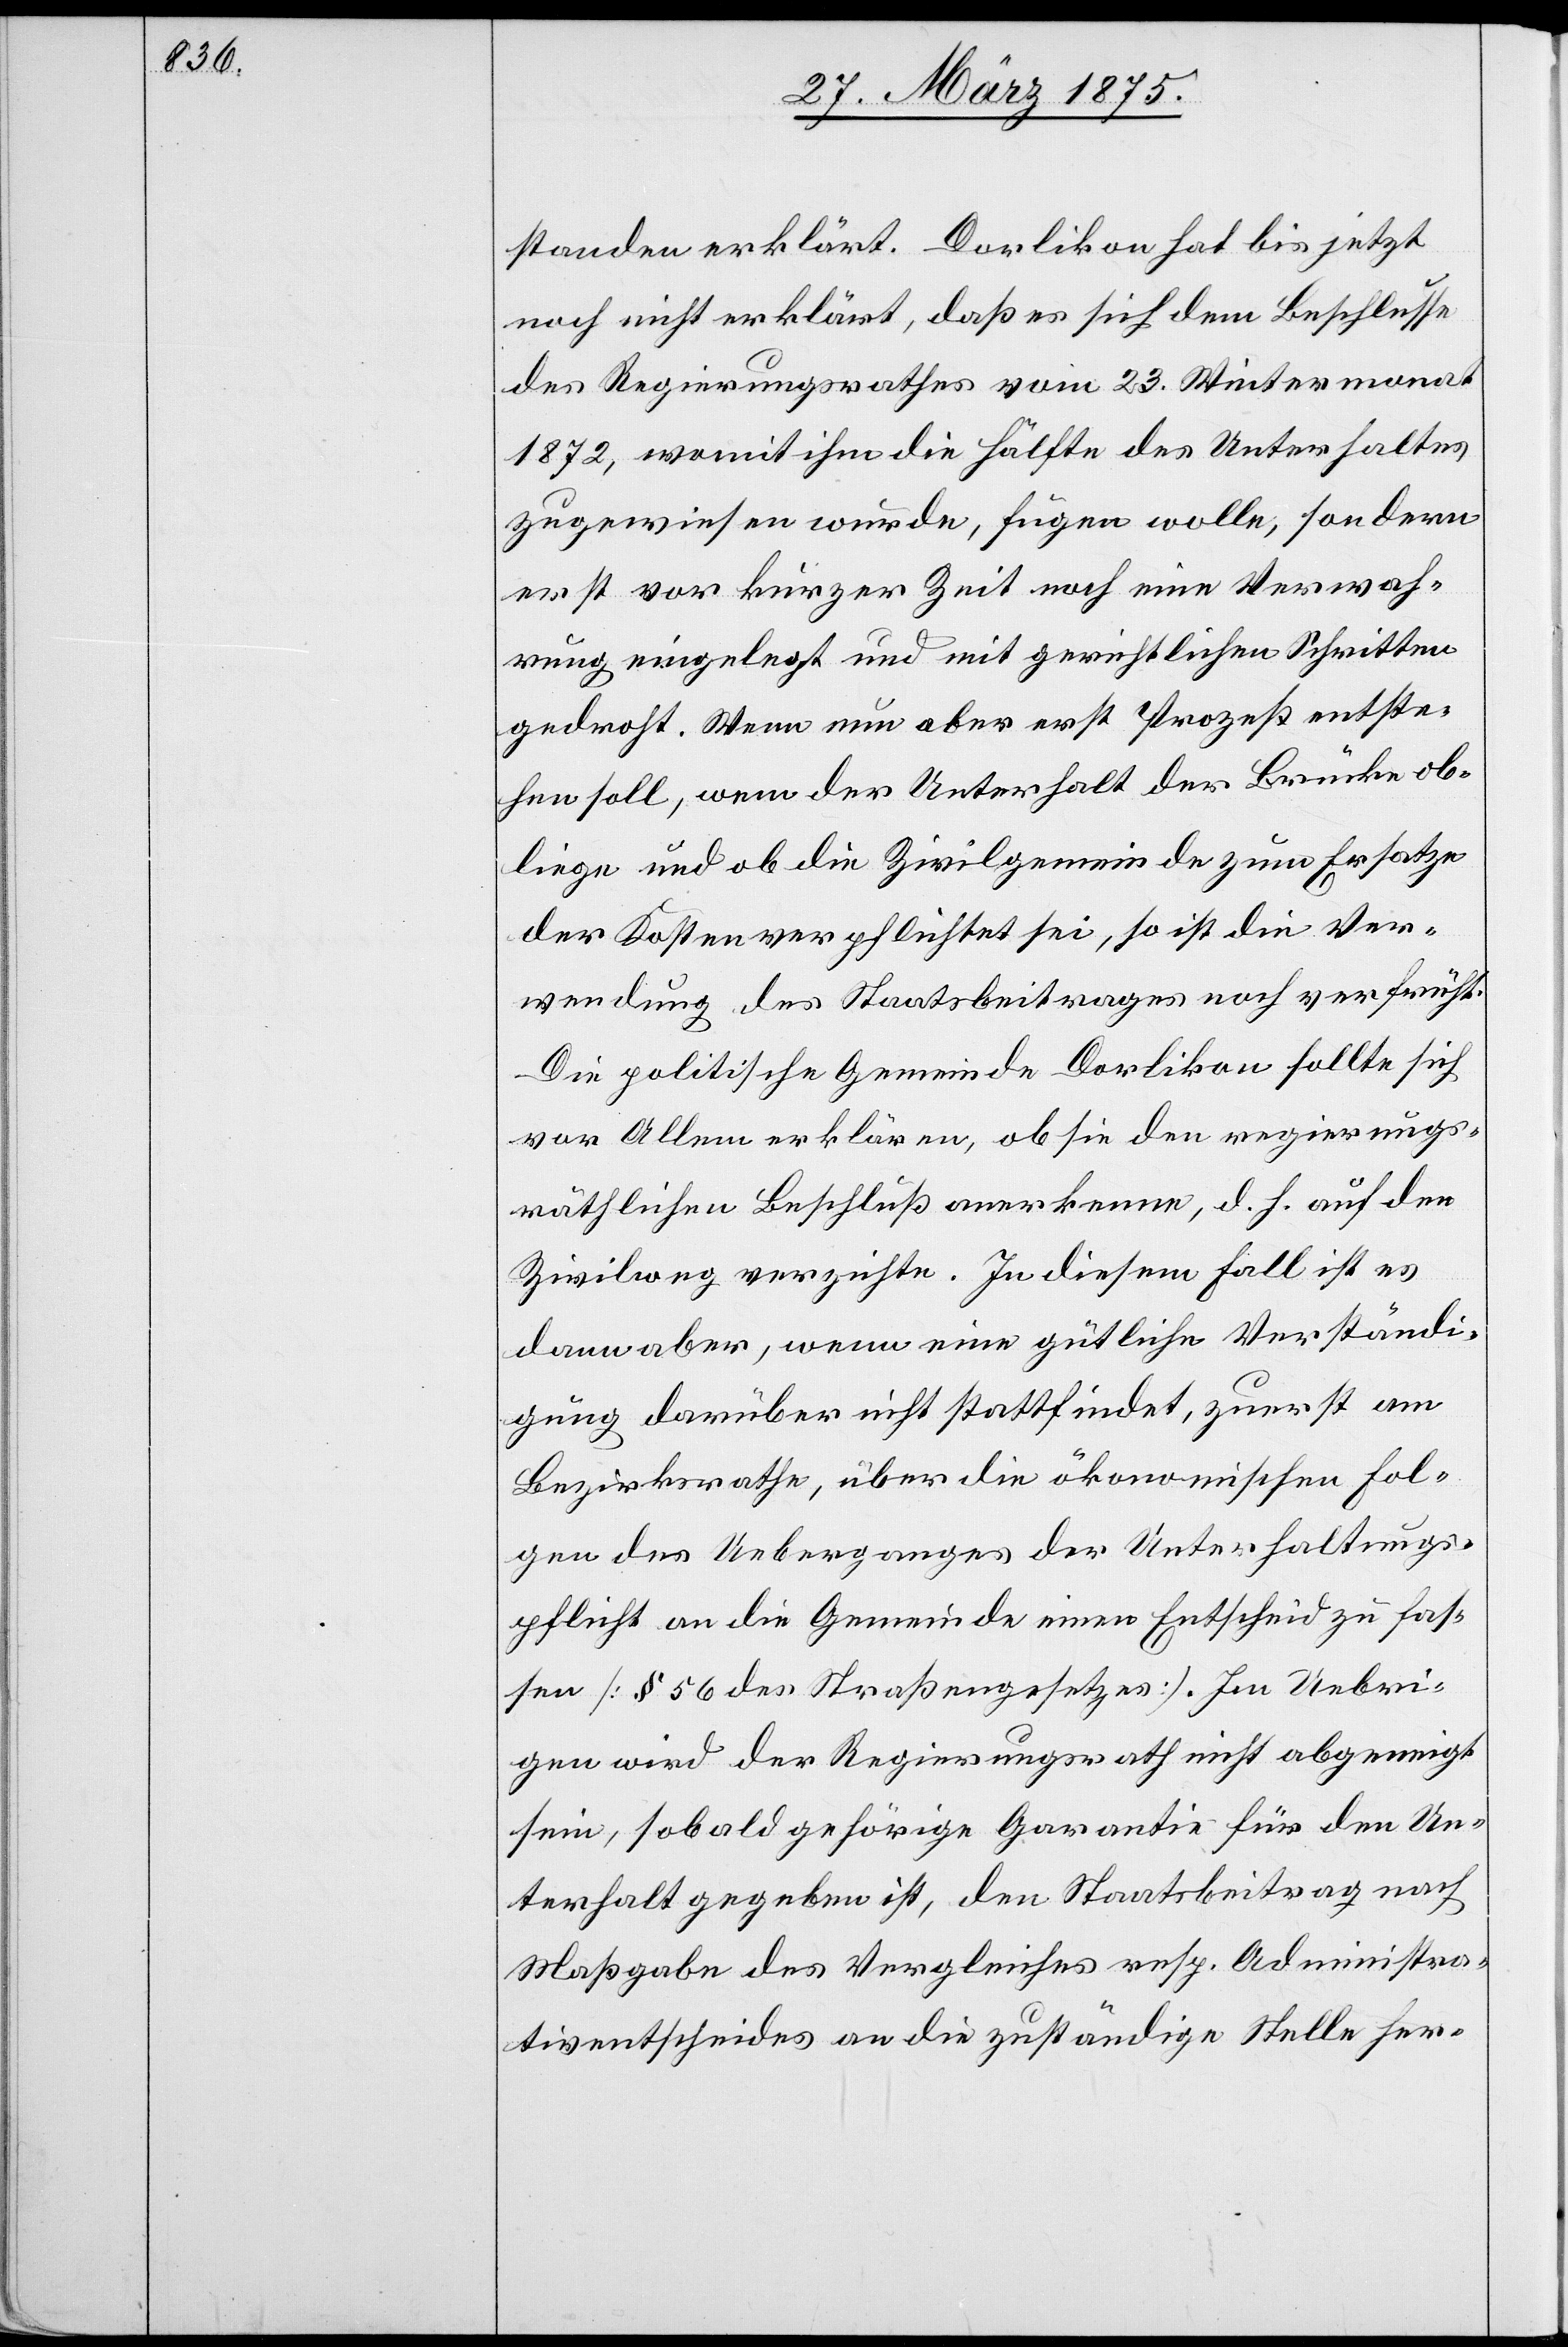
standen erklärt. Dorlikon hat bis jetzt
noch nicht erklärt, daß es sich dem Beschlusse
des Regierungsrathes vom 23. Wintermonat
1872, womit ihm die Hälfte des Unterhaltes
zugewiesen wurde, fügen wolle, sondern
erst vor kurzer Zeit noch eine Verwah¬
rung eingelegt und mit gerichtlichen Schritten
gedroht. Wenn nun aber erst Prozeß entste¬
hen soll, wem der Unterhalt der Brücke ob¬
liege und ob die Zivilgemeinde zum Ersatze
der Kisten verpflichtet sei, so ist die Ver¬
wendung des Staatsbeitrages noch verfrüht.
Die politische Gemeinde Dorlikon sollte sich
vor Allem erklären, ob sie den regierungs¬
räthlichen Beschluß anerkenne, d. h. auf den
Zivilweg verzichte. In diesem Fall ist es
dann aber, wenn eine gütliche Verständi¬
gung darüber nicht stattfindet, zuerst am
Bezirksrathe, über die ökonomische Sor¬
gen des Ueberganges der Unterhaltungs¬
pflicht an die Gemeinde einen Entscheid zu fas¬
sen [§ 56 des Straßengesetzes]. Im Uebri¬
gen wird der Regierungsrath nicht abgeneigt
sein, sobald gehörige Garantie für den Un¬
terhalt gegeben ist, den Staatsbeitrag nach
Maßgabe des Vergleiches resp. Administra¬
tiventscheides an die zuständige Stelle her-